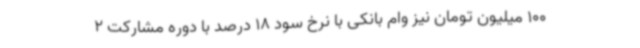
100 میلیون تومان نیز وام بانکی با نرخ سود 18 درصد با دوره مشارکت 2